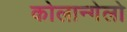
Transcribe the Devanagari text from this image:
कोलान्गेलो